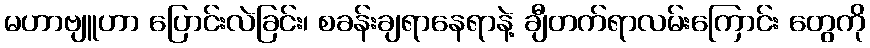
မဟာဗျူဟာ ပြောင်းလဲခြင်း၊ စခန်းချရာနေရာနဲ့ ချီတက်ရာလမ်းကြောင်း တွေကို